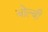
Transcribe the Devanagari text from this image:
बोल्बी